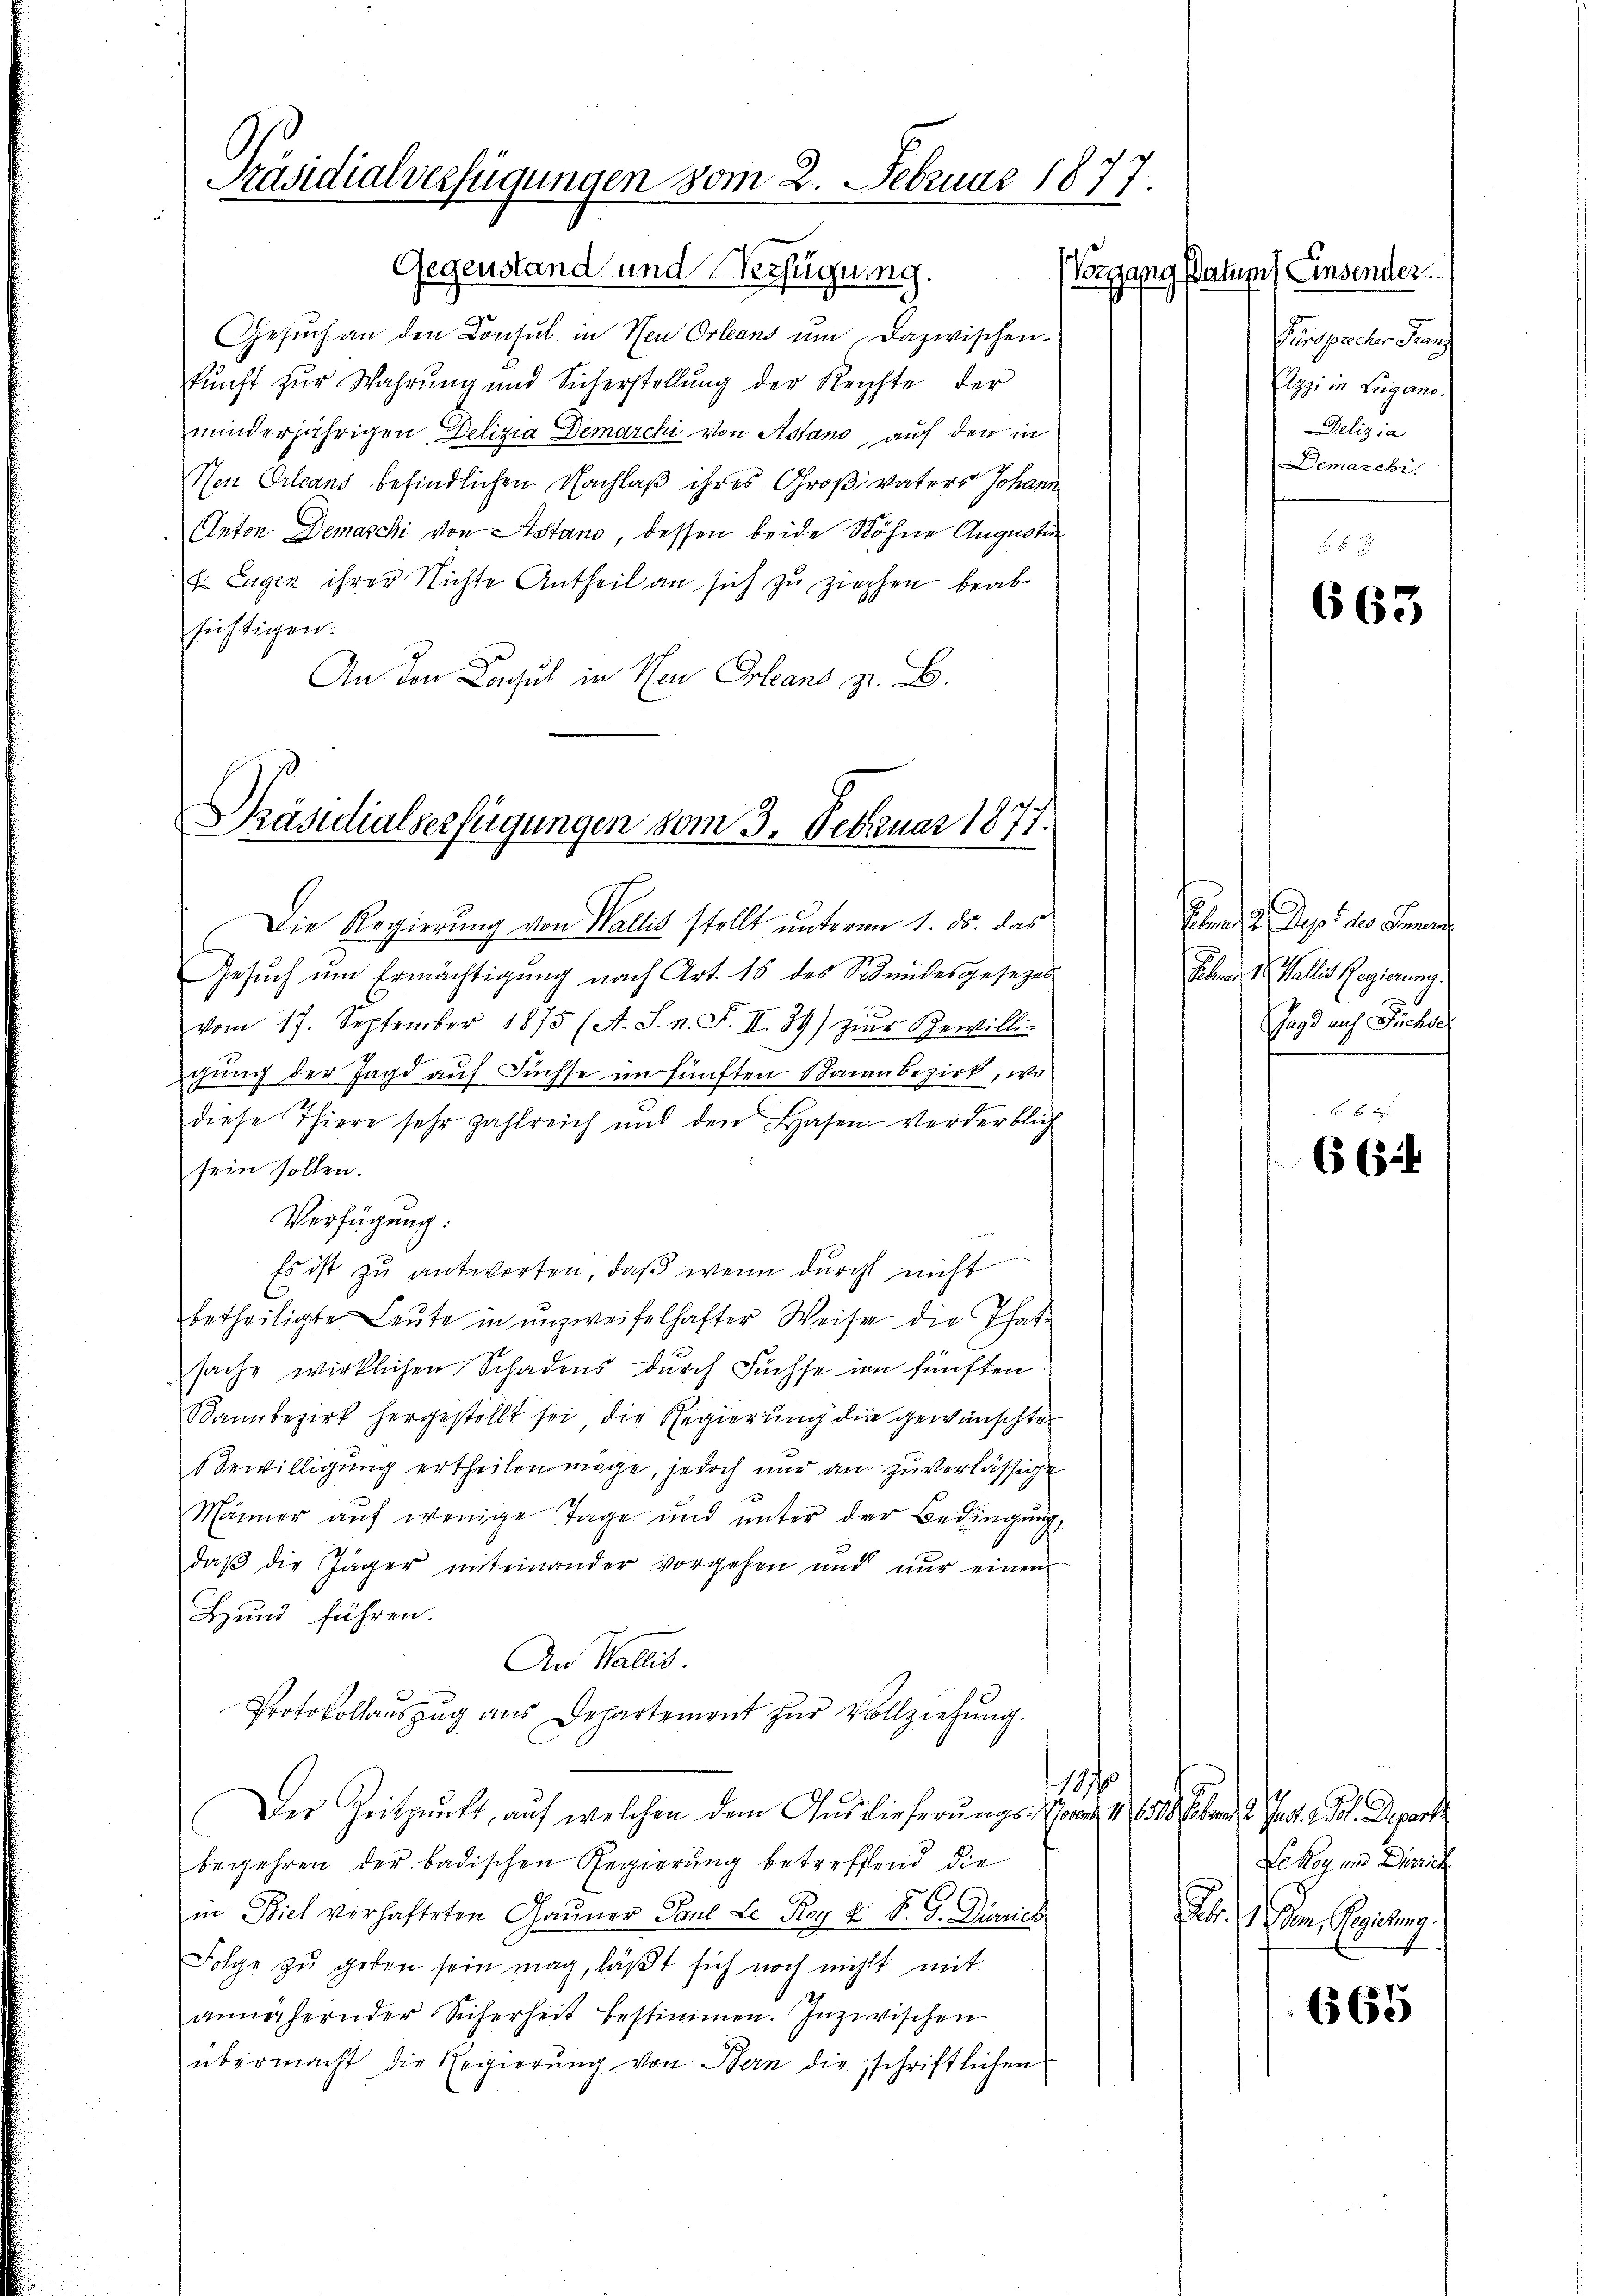
Präsidialverfügungen vom 2. Februar 1877.
Gegenstand und Verfügung.

Gesuch an den Consul in Neu Orleans um dazwischen.
kunft zur Wahrung und Sicherstellŭng der Reichte der
minderjährigen Deligia Demarchi von Astand, auf den in
Neu Orleans befindlichen Nachlaß ihres Großvaters Johann
Anton Demaschi von Astand, dessen beide Söhne Augustinn
t Eugen ihrer Nichte Antheil an sich zu ziechen beabsichtigen.
An den Consul in Neu Orleans z. B.

Präsidialserfügungen vom 3. Februar 1877.

Die Regierung von Wallis stellt unterm 1. ds. das
Gesuch um Ermächtigung nach Art. 16 des Stundesgesezes
2
vom 17. September 1875 (A. S. n. F. II.39) zur Bewilli-
gung der Jagd auf Füchse im fünften Banau bezirk, wo
diese Thiere sehr zahlreich und den Hasen-Verderblich
sein sollen.
Verfügung:
Es ist zu antworten, daß wenn durch nicht
betheiligte Leute in unzweifelhafter Weise die Thatsache wirklichen Schadens durch Füchse im fünften
Sannbezirk hergestellt sei, die Regierung die gewünschter
 Bewilligung ertheilen möge, jedoch nur an zu verlässige
Männer auf wenige Tage und unter der Bedingung,
daβ die Jäger miteinander vorgehen und nŭr einen
Hund führen.
An Wallis.
Protokollauszug aus Departement zŭr Vollziehung.
107
Der Zeitpunkt, auf welchen dem Auslieferŭngs-Vorar 41. 658. Febr. d. Js. el. Depart
begehren der badischen Regierung betreffend die
in Biel verhafteten Gauner Paul Le Roy u. S. G. Dürrich
Folge zŭ geben sein mag, läβt sich noch nicht mit
annähernder Sicherheit bestimmen. Inzwischen
übermacht die Regierŭng von Bern die schriftlichen

Vorgang status) Einsender
Puissacher Franz
Aggi in Lugano.
Delizia
Demarchi

663.

Ebens 2 Depi der Finan
Felben d. Pallis Regierung.
Jagd auf Füchsel

xx

665

Lekoy und Dürrich
A. am Geistung

665